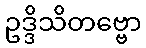
ဥဒ္ဒိသိတဗ္ဗော